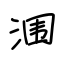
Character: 涠